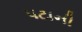
પટાની